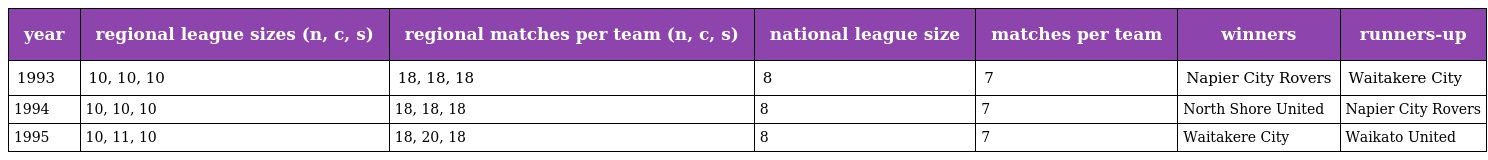
| year | regional league sizes (n, c, s) | regional matches per team (n, c, s) | national league size | matches per team | winners | runners-up |
 | --- | --- | --- | --- | --- | --- | --- |
 | 1993 | 10, 10, 10 | 18, 18, 18 | 8 | 7 | Napier City Rovers | Waitakere City |
 | 1994 | 10, 10, 10 | 18, 18, 18 | 8 | 7 | North Shore United | Napier City Rovers |
 | 1995 | 10, 11, 10 | 18, 20, 18 | 8 | 7 | Waitakere City | Waikato United |